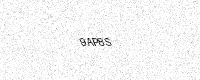
Text: 9AP8S